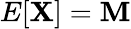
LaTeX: E[\mathbf{X}]=\mathbf{M}